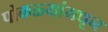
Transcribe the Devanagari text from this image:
पोकळ्यांमधून